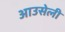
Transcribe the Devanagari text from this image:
आउसेली